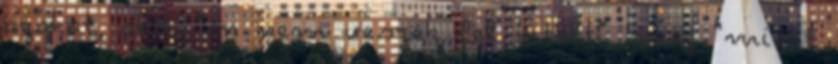
azokat, akik "én nem veszek fel hitelt", meg "miért